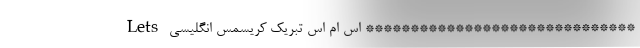
****************************** اس ام اس تبریک کریسمس انگلیسی Lets